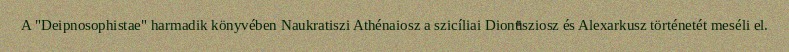
A "Deipnosophistae" harmadik könyvében Naukratiszi Athénaiosz a szicíliai Dionüsziosz és Alexarkusz történetét meséli el.